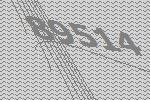
89514